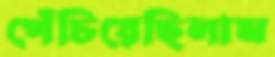
পেঁচিয়েছিলাম